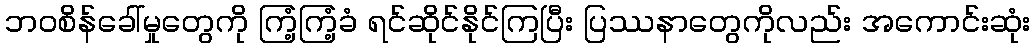
ဘဝစိန်ခေါ်မှုတွေကို ကြံ့ကြံ့ခံ ရင်ဆိုင်နိုင်ကြပြီး ပြဿနာတွေကိုလည်း အကောင်းဆုံး